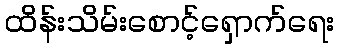
ထိန်းသိမ်းစောင့်ရှောက်ရေး